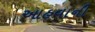
આહવાની